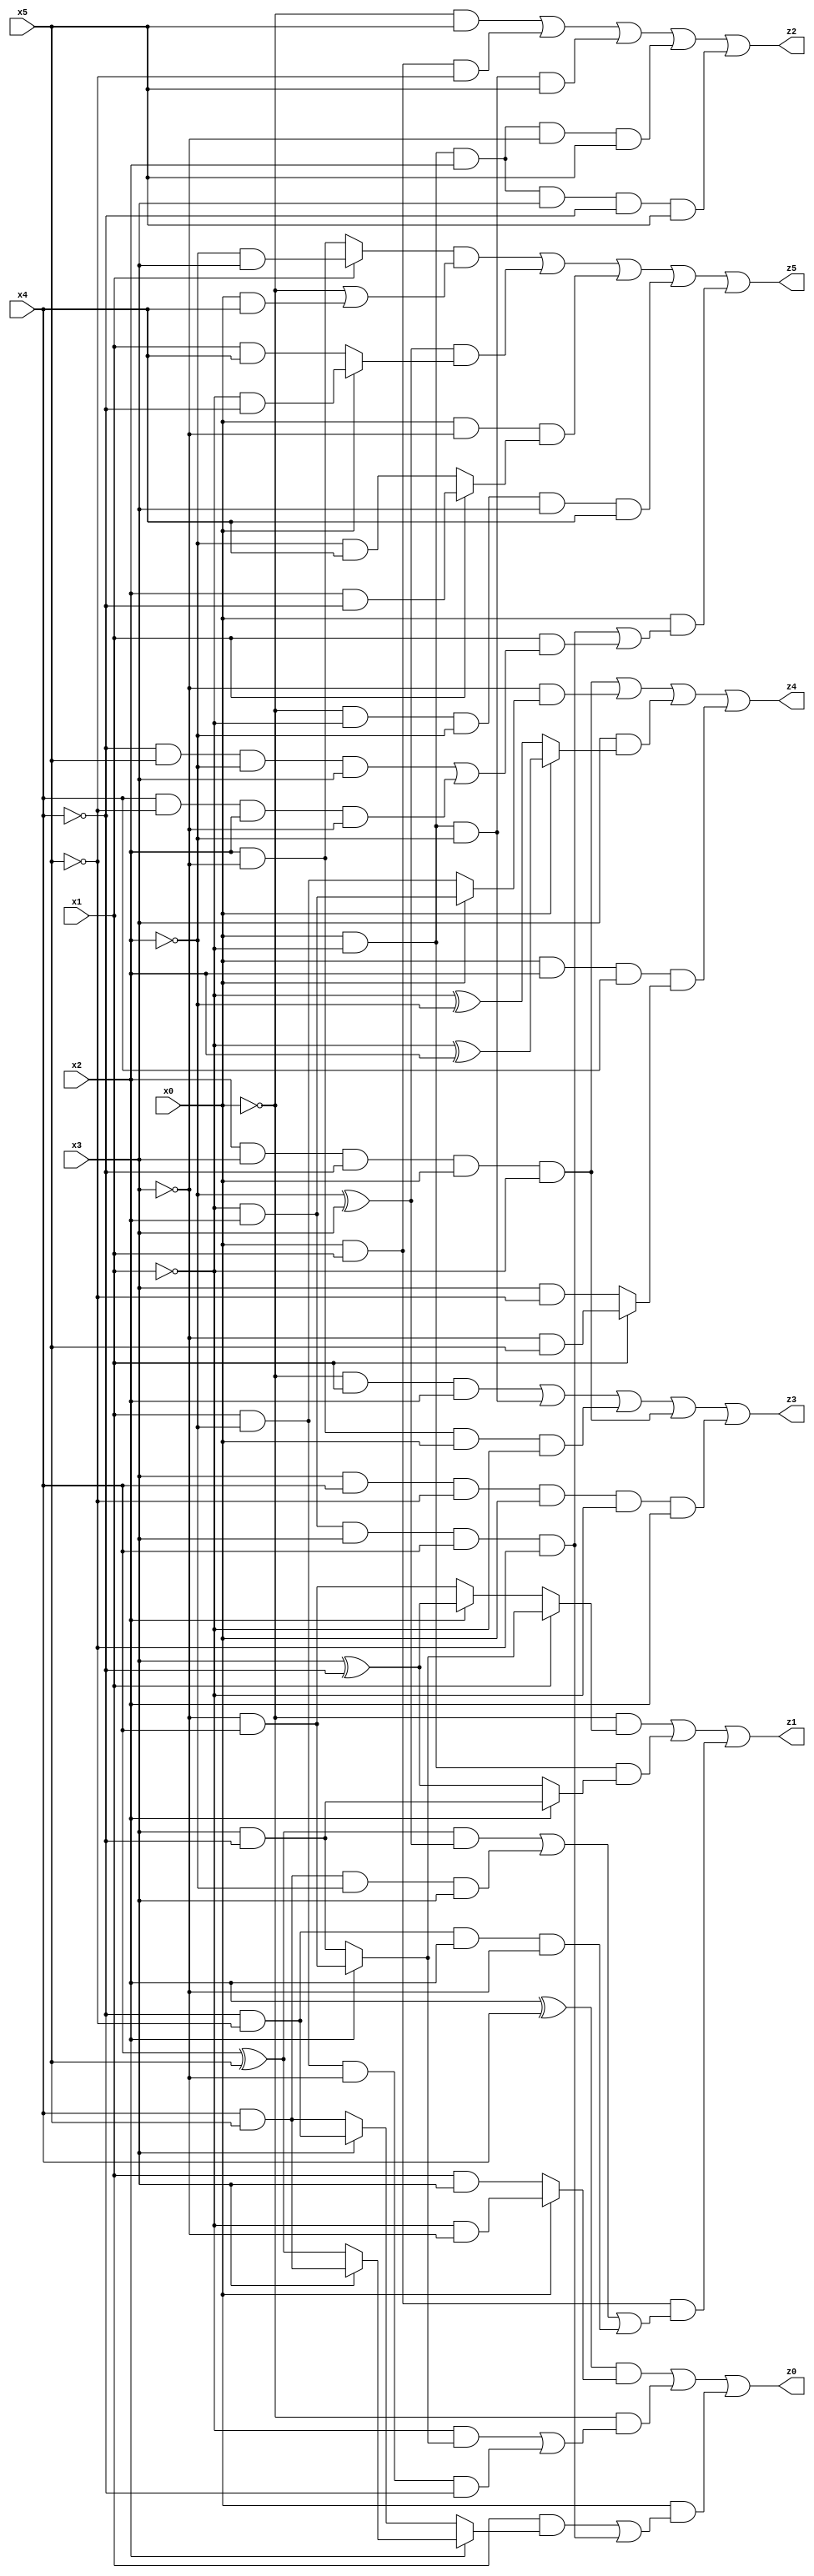
// Benchmark "X_59" written by ABC on Thu Jun 29 03:20:53 2023

module X_59 ( 
    x0, x1, x2, x3, x4, x5,
    z0, z1, z2, z3, z4, z5  );
  input  x0, x1, x2, x3, x4, x5;
  output z0, z1, z2, z3, z4, z5;
  assign z0 = ((x2 ^ x4) & (x0 ? (~x1 & ~x3) : (x1 & x3))) | (~x0 & ((~x1 & (x2 ? (~x3 & x4) : (x3 & ~x4))) | (x1 & ~x2 & ~x3 & ~x4))) | (x0 & ((x1 & (x2 ? (x3 ? (x4 & x5) : (x4 ^ x5)) : (x3 ? (~x4 & ~x5) : (x4 & x5)))) | (~x1 & x2 & x3 & x4 & ~x5)));
  assign z1 = (~x0 & (x1 ? (x2 ? (~x3 & x4) : (x3 & ~x4)) : (x2 ? (x3 ^ ~x4) : (~x3 & x4)))) | (x0 & ~x1 & (x2 ? (x3 & ~x4) : (x3 ^ ~x4))) | (x0 & x1 & (((x4 ^ x5) & (~x2 ^ x3)) | (x4 & x5 & ~x2 & x3) | (~x4 & ~x5 & x2 & ~x3)));
  assign z2 = (~x0 & x5) | (x0 & x1 & ~x5) | (x0 & ~x1 & ~x2 & x5) | (x0 & ~x1 & x2 & ~x3 & x5) | (x0 & ~x1 & x2 & x3 & ~x4 & x5);
  assign z3 = (~x0 & x1 & x2) | (x0 & ~x1 & ~x2) | (x2 & ~x3 & x0 & ~x1) | (x2 & x3 & ~x4 & x0 & ~x1) | (x3 & x4 & ~x5 & x0 & ~x1 & x2);
  assign z4 = (x2 & x3 & ~x4 & x0 & ~x1) | (~x3 & (x0 ? (~x1 & x2) : (x1 & ~x2))) | (x3 & (x0 ? (~x1 ^ x2) : (~x1 ^ ~x2))) | (x0 & x2 & x4 & (x1 ? (~x3 & x5) : (x3 & ~x5)));
  assign z5 = ((x1 ? (~x2 & x3) : (x2 & ~x3)) & (~x0 | (x0 & x4))) | ((~x2 ^ x3) & (x0 ? (~x1 & ~x4) : (x1 & x4))) | (x0 & ~x3 & (x1 ? (x2 & ~x4) : (~x2 & x4))) | (~x0 & ~x1 & ~x2 & x3 & x4) | (x0 & ((~x1 & x2 & x3 & x4 & ~x5) | (x1 & ((~x4 & x5 & ~x2 & x3) | (x4 & ~x5 & x2 & ~x3)))));
endmodule